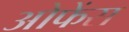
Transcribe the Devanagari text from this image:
ओफेंस